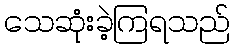
သေဆုံးခဲ့ကြရသည်